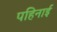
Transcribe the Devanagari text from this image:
पहिनाई